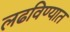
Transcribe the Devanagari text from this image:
लढविण्यात